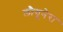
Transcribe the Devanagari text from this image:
लौगूनेरा